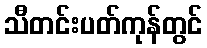
သီတင်းပတ်ကုန်တွင်